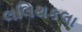
લલિથકલા